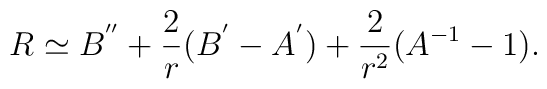
R\simeq B^{''}+\frac{2}{r}(B^{'}-A^{'})+\frac{2}{r^2}(A^{-1}-1).